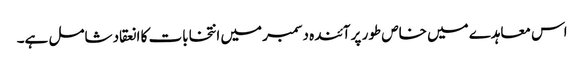
اس معاہدے میں خاص طور پر آئندہ دسمبر میں انتخابات کا انعقاد شامل ہے۔